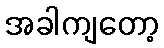
အခါကျတော့